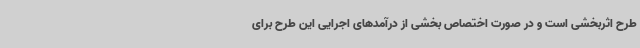
طرح اثربخشی است و در صورت اختصاص بخشی از درآمدهای اجرایی این طرح برای